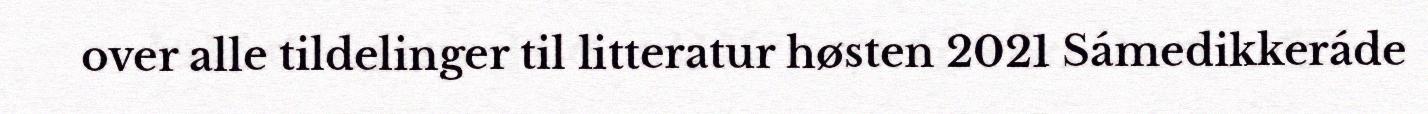
over alle tildelinger til litteratur høsten 2021 Sámedikkeráde